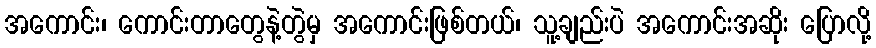
အကောင်း၊ ကောင်းတာတွေနဲ့တွဲမှ အကောင်းဖြစ်တယ်၊ သူ့ချည်းပဲ အကောင်းအဆိုး ပြောလို့